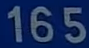
165